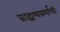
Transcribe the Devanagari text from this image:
ब्राह्मणवर्गाची